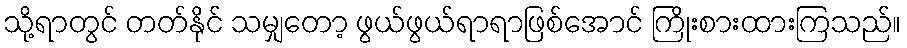
သို့ရာတွင် တတ်နိုင် သမျှတော့ ဖွယ်ဖွယ်ရာရာဖြစ်အောင် ကြိုးစားထားကြသည်။